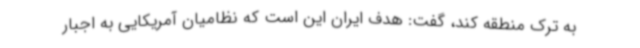
به ترک منطقه کند، گفت: هدف ایران این است که نظامیان آمریکایی به اجبار